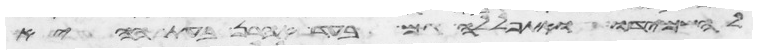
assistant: להשמידו ואתפללה גם בעד אהרן בעת ההיא